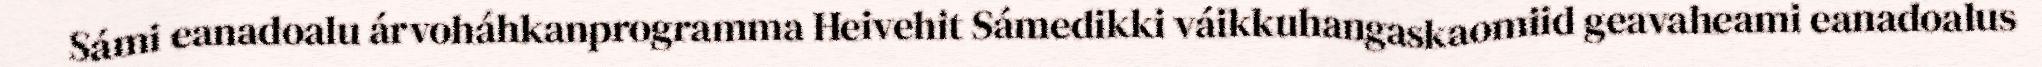
Sámi eanadoalu árvoháhkanprogramma Heivehit Sámedikki váikkuhangaskaomiid geavaheami eanadoalus